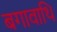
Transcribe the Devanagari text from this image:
बगावाथि